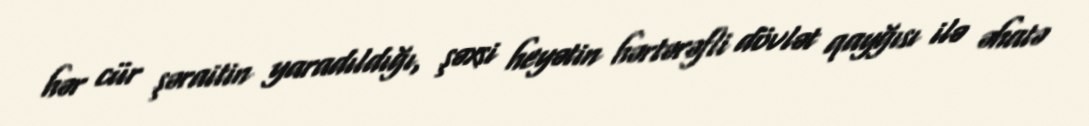
hər cür şəraitin yaradıldığı, şəxsi heyətin hərtərəfli dövlət qayğısı ilə əhatə